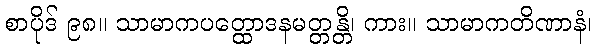
စာပိုဒ် ၉၈။ သာမာကပတ္ထောဒနမတ္တန္တိ၊ ကား။ သာမာကတိဏာနံ၊